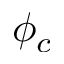
\phi _ { c }